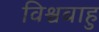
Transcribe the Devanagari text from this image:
विश्वबाहु